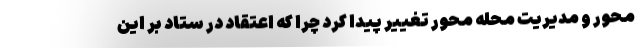
محور و مدیریت محله محور تغییر پیدا کرد چرا که اعتقاد در ستاد بر این